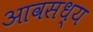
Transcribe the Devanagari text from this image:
आवसध्य